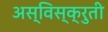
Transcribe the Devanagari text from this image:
अस्विस्क्रुती